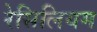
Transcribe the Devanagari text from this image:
रेसिलियम